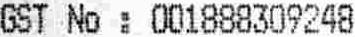
GST NO : 001888309248